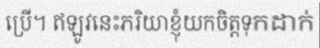
ប្រើ។ ឥឡូវនេះភរិយាខ្ញុំយកចិត្តទុកដាក់